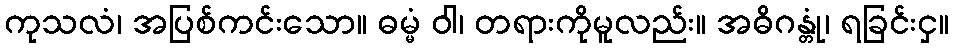
ကုသလံ၊ အပြစ်ကင်းသော။ ဓမ္မံ ဝါ၊ တရားကိုမူလည်း။ အဓိဂန္တုံ၊ ရခြင်းငှ။